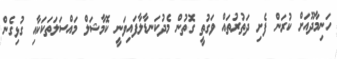
ހަނިމާދޫއަށް ކުރަން ފެށި ދަތުރުތައް ވަގުތީ ގޮތުން މެދުކަނޑާލާފައިވަނީ ކޮމާޝަލް މައްސަލަތަކަކާއި ގުޅިގެން